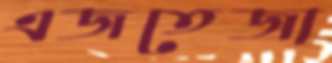
এজতেজা